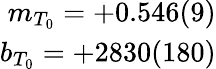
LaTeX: \begin{array}{r}{m_{T_{0}}=+0.546(9)}\\ {b_{T_{0}}=+2830(180)}\end{array}